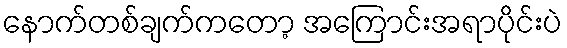
နောက်တစ်ချက်ကတော့ အကြောင်းအရာပိုင်းပဲ